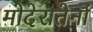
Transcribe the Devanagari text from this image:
मोदेरातेर्ना